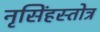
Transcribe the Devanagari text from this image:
नृसिंहस्तोत्र